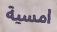
امسية